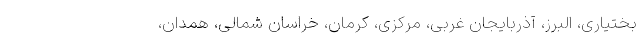
بختیاری، البرز، آذربایجان غربی، مرکزی، کرمان، خراسان شمالی، همدان،